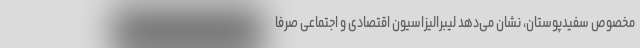
مخصوص سفیدپوستان، نشان می‌دهد لیبرالیزاسیون اقتصادی و اجتماعی صرفا